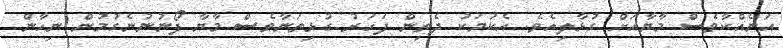
އަނެއްކާވެސް މާޔާއަށް ގުޅާލިއެވެ. އެކަމަކު ދެތިން ފަހަރު ގުޅިތަނާވެސް މާޔާ ފޯނުނުނެގުމުން ނިހާން